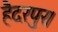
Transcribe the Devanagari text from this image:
हैदरपुर।